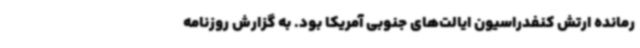
رمانده ارتش کنفدراسیون ایالت‌های جنوبی آمریکا بود. به گزارش روزنامه